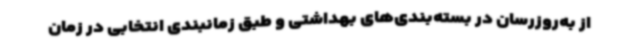
از به‌روزرسان در بسته‌بندی‌های بهداشتی و طبق زمانبندی انتخابی در زمان